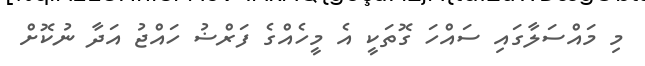
މި މައްސަލާގައި ސައްހަ ގޮތަކީ އެ މީހެއްގެ ފަރްޟު ހައްޖު އަދާ ނުކޮށް